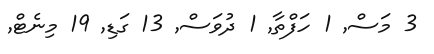
3 މަސް